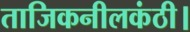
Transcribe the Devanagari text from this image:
ताजिकनीलकंठी।